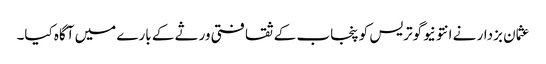
عثمان بزدار نے انتونیوگوتریس کو پنجاب کے ثقافتی ورثے کے بارے میں آگاہ کیا۔